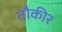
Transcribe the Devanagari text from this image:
तौकीर